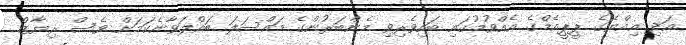
އަދި އިއްޔެގެ ޕީޕީއެމްގެ އެއްވުމުގައި ބައިވެރިވި މެންބަރުންގެ މައްސަލަ ބައްލަވާނެކަމަށް ވެސް ރިޔާޒް